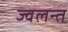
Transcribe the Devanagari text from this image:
ज्‍वलन्‍त